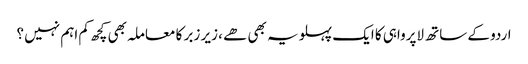
اردو کے ساتھ لاپرواہی کا ایک پہلو یہ بھی ھے ، زیر زبر کا معاملہ بھی کچھ کم اہم نہیں ؟